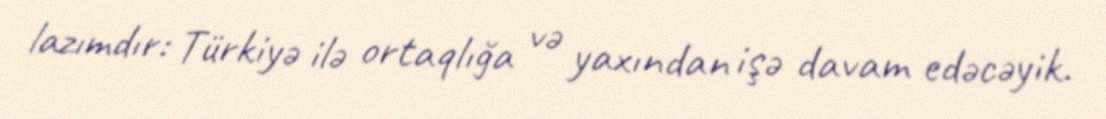
lazımdır: Türkiyə ilə ortaqlığa və yaxından işə davam edəcəyik.